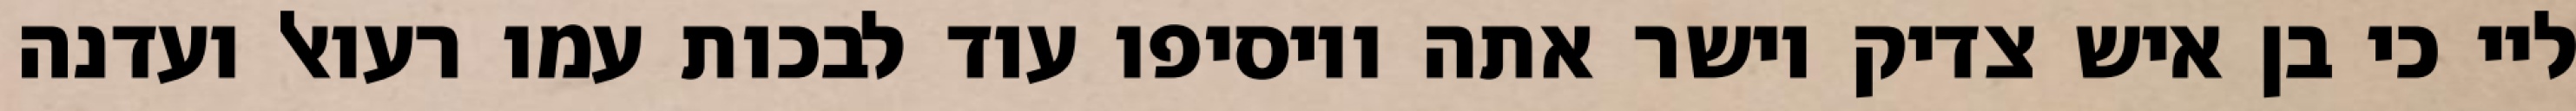
ליי כי בן איש צדיק וישר אתה ויוסיפו עוד לבכות עמו רעואל ועדנה